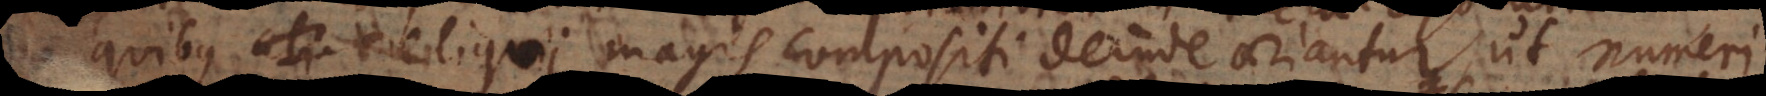
ex quibus reliqui magis compositi deinde oriantur, ut numeri